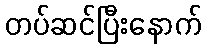
တပ်ဆင်ပြီးနောက်